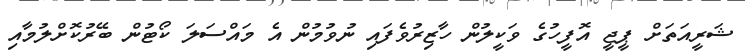
ޝަރީއަތަށް ޕީޖީ އޮފީހުގެ ވަކީލުން ހާޒިރުވެފައި ނުވުމުން އެ މައްސަލަ ކޯޓުން ބޭރުކޮށްލުމާއި